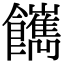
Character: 𩟥